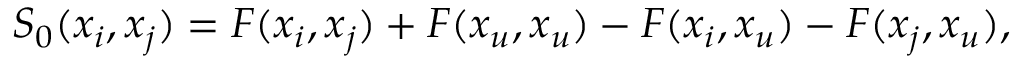
S _ { 0 } ( x _ { i } , x _ { j } ) = F ( x _ { i } , x _ { j } ) + F ( x _ { u } , x _ { u } ) - F ( x _ { i } , x _ { u } ) - F ( x _ { j } , x _ { u } ) ,